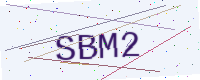
Text: SBM2